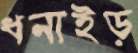
ধনাইড়